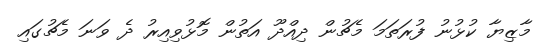
މާޒިޔާ ކުޅުނު ފުރަތަމަ މެޗުން ދިއްދޫ އަތުން މޮޅުވިއިރު ދެ ވަނަ މެޗުގައި